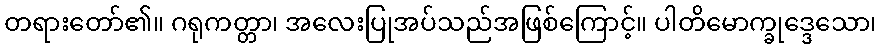
တရားတော်၏။ ဂရုကတ္တာ၊ အလေးပြုအပ်သည်အဖြစ်ကြောင့်။ ပါတိမောက္ခုဒ္ဒေသော၊